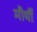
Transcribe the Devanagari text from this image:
मौर्यी